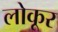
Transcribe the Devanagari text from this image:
लोकूर